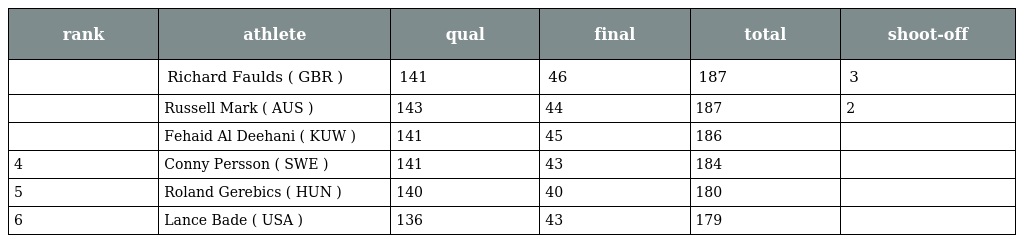
| rank | athlete | qual | final | total | shoot-off |
 | --- | --- | --- | --- | --- | --- |
 |  | Richard Faulds ( GBR ) | 141 | 46 | 187 | 3 |
 |  | Russell Mark ( AUS ) | 143 | 44 | 187 | 2 |
 |  | Fehaid Al Deehani ( KUW ) | 141 | 45 | 186 |  |
 | 4 | Conny Persson ( SWE ) | 141 | 43 | 184 |  |
 | 5 | Roland Gerebics ( HUN ) | 140 | 40 | 180 |  |
 | 6 | Lance Bade ( USA ) | 136 | 43 | 179 |  |